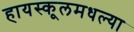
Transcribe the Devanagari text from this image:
हायस्कूलमधल्या